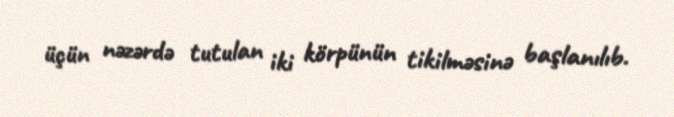
üçün nəzərdə tutulan iki körpünün tikilməsinə başlanılıb.